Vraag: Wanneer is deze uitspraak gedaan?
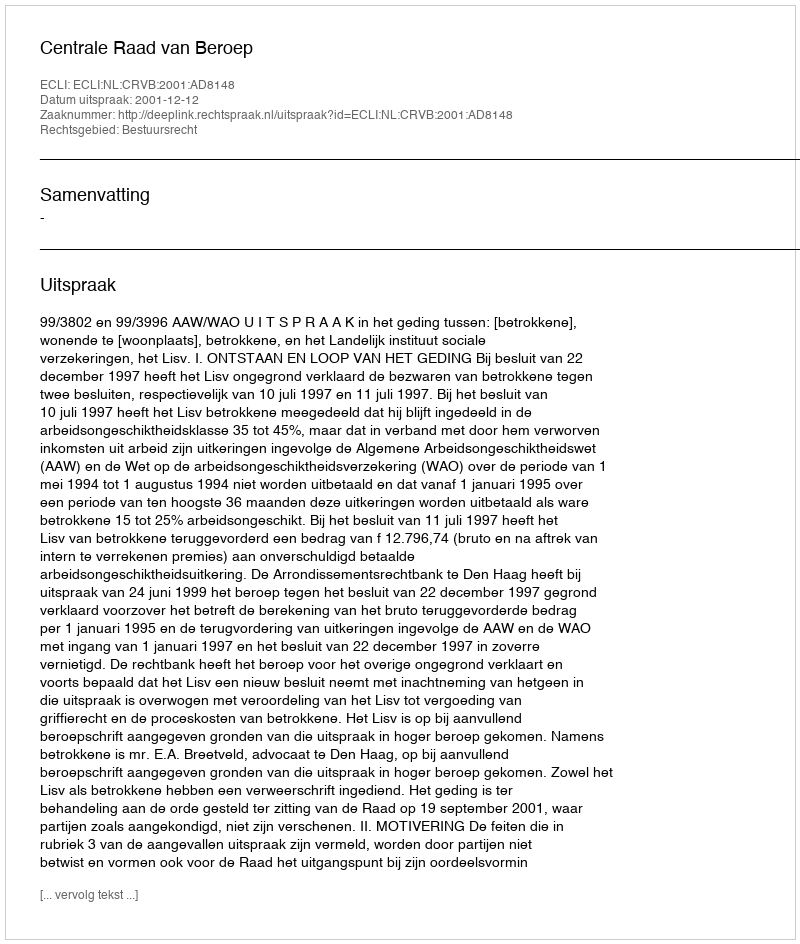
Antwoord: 2001-12-12